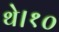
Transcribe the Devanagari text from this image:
थे।१०